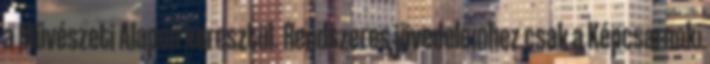
a Művészeti Alapon keresztül. Rendszeres jövedelemhez csak a Képcsarnoki